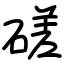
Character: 磋